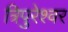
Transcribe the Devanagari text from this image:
त्रिपुरेश्वर